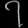
Digit: ၇